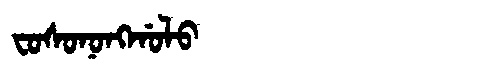
Manchu: ᠸᠣᠰᠣᠨᠣᠩᡤᠣᠯᠣ
Romanization: FOSONONGGOLO